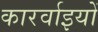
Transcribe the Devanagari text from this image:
कारर्वाइयों